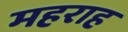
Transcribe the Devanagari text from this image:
महराह